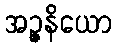
အဉ္ဇနိယော